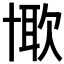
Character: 𠦰